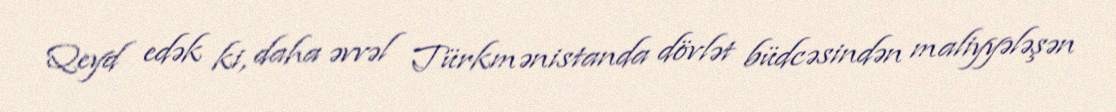
Qeyd edək ki, daha əvvəl Türkmənistanda dövlət büdcəsindən maliyyələşən